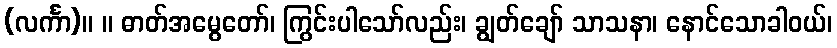
(လင်္ကာ)။ ။ ဓာတ်အမွေတော်၊ ကြွင်းပါသော်လည်း၊ ချွတ်ချော် သာသနာ၊ နောင်သောခါဝယ်၊